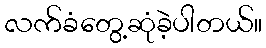
လက်ခံတွေ့ဆုံခဲ့ပါတယ်။